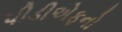
પીડીએફનો